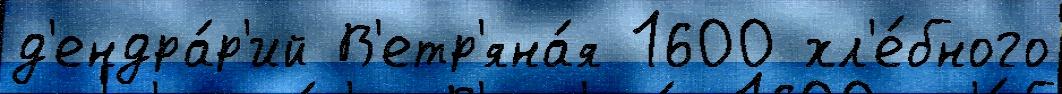
д'ендра́р'ий В'етр'яна́я 1600 хл'е́бного